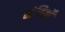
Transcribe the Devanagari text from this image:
मंत्रियोँ